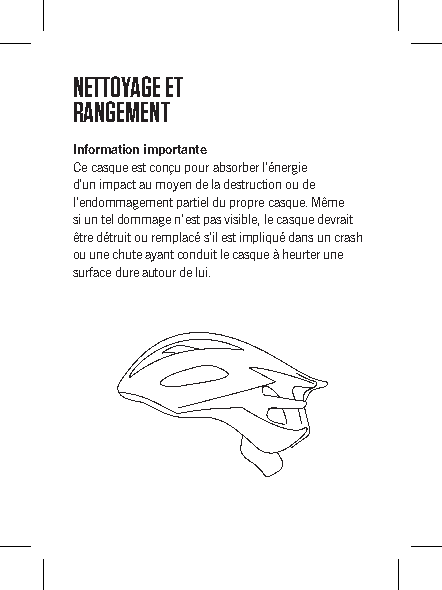
NETTOYAGE ET
 RANGEMENT
 Information importante
 Ce casque est conçu pour absorber l’énergie
 d’un impact au moyen de la destruction ou de
 l’endommagement partiel du propre casque. Même
 si un tel dommage n’est pas visible, le casque devrait
 être détruit ou remplacé s’il est impliqué dans un crash
 ou une chute ayant conduit le casque à heurter une
 surface dure autour de lui.